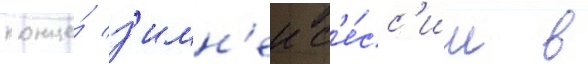
конце́ з'имн'еи с'е́сс'ии в